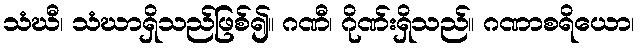
သံဃီ၊ သံဃာရှိသည်ဖြစ်၍။ ဂဏီ၊ ဂိုဏ်းရှိသည်။ ဂဏာစရိယော၊